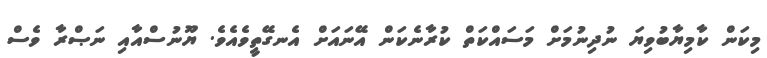
މިކަން ކާމިޔާބުވިޔަ ނުދިނުމަށް މަސައްކަތް ކުރާނެކަން އޭނައަށް އެނގޭތީވެއެވެ. ޔޫނުސްއާއި ނަޞްރާ ވެސް